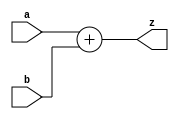
/* Generated by Yosys 0.23 (git sha1 7ce5011c24b, gcc 11.3.0 -fPIC -Os) */

(* hdlname = "\\\\Adder" *)
(* top =  1  *)
(* src = "rtl/demo/Adder.v:1.1-3.10" *)
module Adder(z, a, b);
  (* src = "rtl/demo/Adder.v:1.44-1.45" *)
  input [31:0] a;
  wire [31:0] a;
  (* src = "rtl/demo/Adder.v:1.47-1.48" *)
  input [31:0] b;
  wire [31:0] b;
  (* src = "rtl/demo/Adder.v:1.28-1.29" *)
  output [31:0] z;
  wire [31:0] z;
  assign z = a + (* src = "rtl/demo/Adder.v:2.16-2.21" *) b;
endmodule